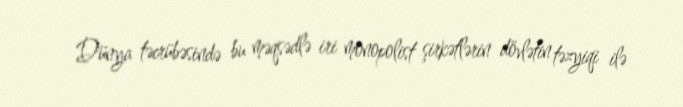
Dünya təcrübəsində bu məqsədlə iri monopolist şirkətlərin dövlətin təzyiqi ilə